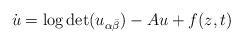
LaTeX: \begin{align*} \dot{u}=\log\det (u_{\alpha\bar{\beta}})-Au+f(z,t) \end{align*}